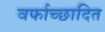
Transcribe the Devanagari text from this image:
वर्फाच्‍छादित